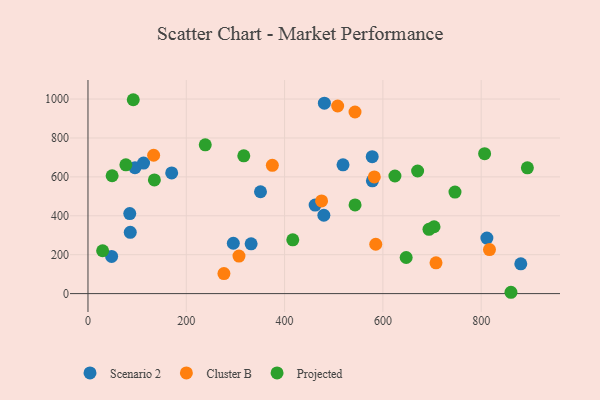
{"axis": {"x": "Price", "y": "Sales"}, "legend": ["Cluster B", "Projected", "Scenario 2"], "data": [{"x": "86.0", "y": 315.0, "type": "Scenario 2"}, {"x": "462.2", "y": 455.1, "type": "Scenario 2"}, {"x": "170.3", "y": 620.2, "type": "Scenario 2"}, {"x": "295.7", "y": 258.9, "type": "Scenario 2"}, {"x": "331.9", "y": 255.6, "type": "Scenario 2"}, {"x": "811.6", "y": 285.6, "type": "Scenario 2"}, {"x": "479.9", "y": 402.7, "type": "Scenario 2"}, {"x": "85.0", "y": 411.2, "type": "Scenario 2"}, {"x": "880.6", "y": 152.9, "type": "Scenario 2"}, {"x": "95.6", "y": 647.3, "type": "Scenario 2"}, {"x": "578.3", "y": 703.6, "type": "Scenario 2"}, {"x": "578.7", "y": 579.6, "type": "Scenario 2"}, {"x": "481.0", "y": 979.0, "type": "Scenario 2"}, {"x": "113.1", "y": 671.2, "type": "Scenario 2"}, {"x": "48.1", "y": 191.3, "type": "Scenario 2"}, {"x": "351.0", "y": 523.6, "type": "Scenario 2"}, {"x": "518.9", "y": 662.1, "type": "Scenario 2"}, {"x": "816.9", "y": 226.5, "type": "Cluster B"}, {"x": "133.6", "y": 711.3, "type": "Cluster B"}, {"x": "508.0", "y": 964.4, "type": "Cluster B"}, {"x": "475.3", "y": 476.6, "type": "Cluster B"}, {"x": "582.6", "y": 599.9, "type": "Cluster B"}, {"x": "585.5", "y": 253.7, "type": "Cluster B"}, {"x": "543.3", "y": 933.4, "type": "Cluster B"}, {"x": "708.1", "y": 158.2, "type": "Cluster B"}, {"x": "307.2", "y": 192.9, "type": "Cluster B"}, {"x": "276.6", "y": 103.1, "type": "Cluster B"}, {"x": "375.1", "y": 659.2, "type": "Cluster B"}, {"x": "92.1", "y": 996.6, "type": "Projected"}, {"x": "894.0", "y": 646.7, "type": "Projected"}, {"x": "807.0", "y": 719.1, "type": "Projected"}, {"x": "416.7", "y": 276.5, "type": "Projected"}, {"x": "860.6", "y": 6.8, "type": "Projected"}, {"x": "77.1", "y": 661.7, "type": "Projected"}, {"x": "624.5", "y": 604.4, "type": "Projected"}, {"x": "317.0", "y": 708.2, "type": "Projected"}, {"x": "135.1", "y": 584.1, "type": "Projected"}, {"x": "238.6", "y": 764.7, "type": "Projected"}, {"x": "49.1", "y": 605.9, "type": "Projected"}, {"x": "746.7", "y": 521.7, "type": "Projected"}, {"x": "543.4", "y": 456.0, "type": "Projected"}, {"x": "704.1", "y": 343.7, "type": "Projected"}, {"x": "647.4", "y": 185.6, "type": "Projected"}, {"x": "693.8", "y": 330.6, "type": "Projected"}, {"x": "670.7", "y": 630.3, "type": "Projected"}, {"x": "29.8", "y": 220.3, "type": "Projected"}]}